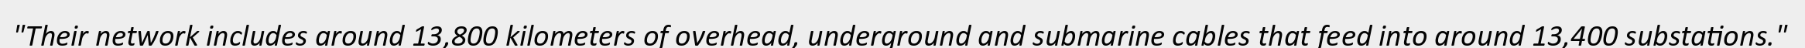
"Their network includes around 13,800 kilometers of overhead, underground and submarine cables that feed into around 13,400 substations."